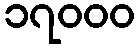
၁၇၀၀၀